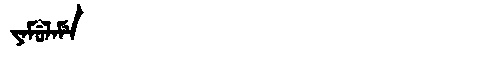
Manchu: ᠶᠠᠮᡠᠯᠠᠮᡝ
Romanization: YAMULAME